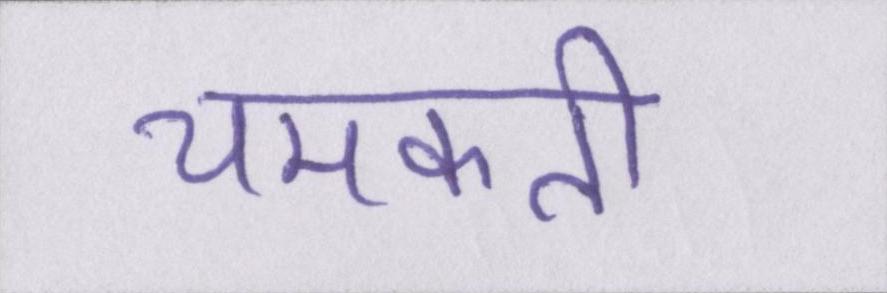
चमकती